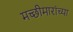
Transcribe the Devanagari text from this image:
मच्छीमारांच्या